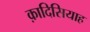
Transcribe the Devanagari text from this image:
क़ादिसियाह